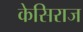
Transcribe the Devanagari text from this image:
केसिराज